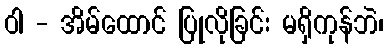
ဝါ - အိမ်ထောင် ပြုလိုခြင်း မရှိကုန်ဘဲ၊